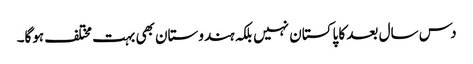
دس سال بعد کا پاکستان نہیں بلکہ ہندوستان بھی بہت مختلف ہوگا۔